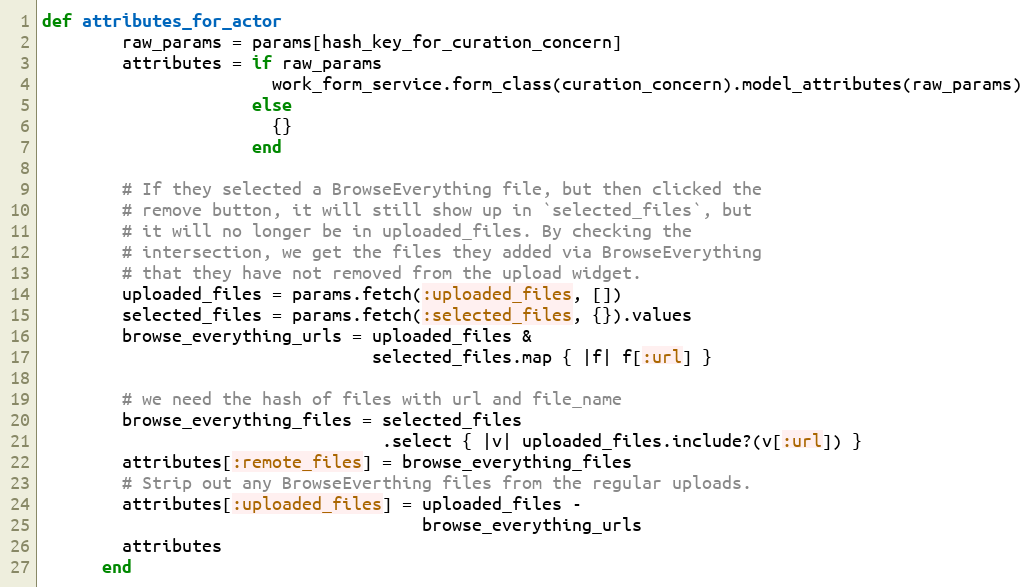
Language: Ruby
def attributes_for_actor
        raw_params = params[hash_key_for_curation_concern]
        attributes = if raw_params
                       work_form_service.form_class(curation_concern).model_attributes(raw_params)
                     else
                       {}
                     end

        # If they selected a BrowseEverything file, but then clicked the
        # remove button, it will still show up in `selected_files`, but
        # it will no longer be in uploaded_files. By checking the
        # intersection, we get the files they added via BrowseEverything
        # that they have not removed from the upload widget.
        uploaded_files = params.fetch(:uploaded_files, [])
        selected_files = params.fetch(:selected_files, {}).values
        browse_everything_urls = uploaded_files &
                                 selected_files.map { |f| f[:url] }

        # we need the hash of files with url and file_name
        browse_everything_files = selected_files
                                  .select { |v| uploaded_files.include?(v[:url]) }
        attributes[:remote_files] = browse_everything_files
        # Strip out any BrowseEverthing files from the regular uploads.
        attributes[:uploaded_files] = uploaded_files -
                                      browse_everything_urls
        attributes
      end